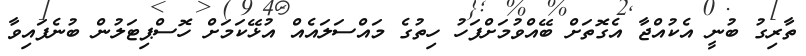
ތާރިގު ބުނީ އެކުއްޖާ އެގޮތަށް ބޭއްވުމަށްފަހު ހިތުގެ މައްސަލައެއް އުޅޭކަމަށް ހޮސްޕިޓަލުން ބުނެފައިވާ